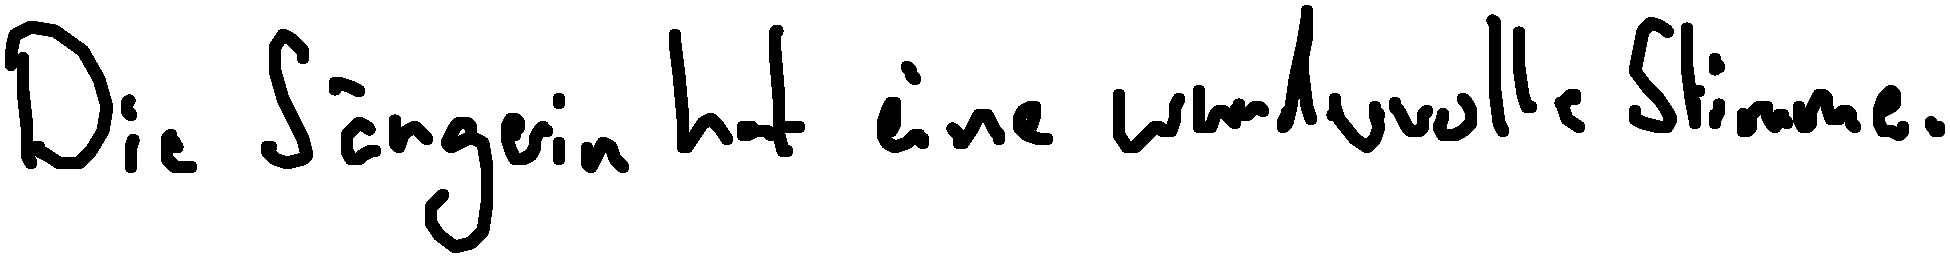
Die Sängerin hat eine wundervolle Stimme.